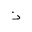
Letter: _thal